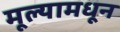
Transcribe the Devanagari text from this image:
मूल्यामधून